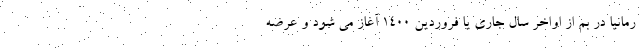
رمانیا در بم از اواخر سال جاری یا فروردین 1400 آغاز می شود و عرضه